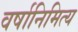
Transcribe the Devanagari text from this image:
वर्षानिमित्‍य